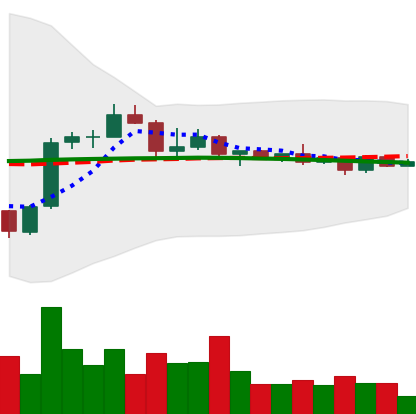
Ticker: BNB-USD
Chart end date: 2022-12-10
Forward return: -10.361%
Label: down_7plus